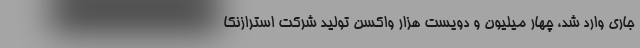
جاری وارد شد، چهار میلیون و دویست هزار واکسن تولید شرکت استرازنکا